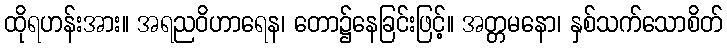
ထိုရဟန်းအား။ အရညဝိဟာရေန၊ တော၌နေခြင်းဖြင့်။ အတ္တမနော၊ နှစ်သက်သောစိတ်